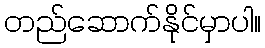
တည်ဆောက်နိုင်မှာပါ။